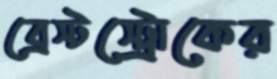
ব্রেস্টস্ট্রোকের